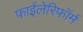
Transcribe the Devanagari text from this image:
फाईलेरिफॉर्म